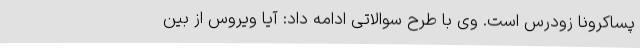
پساکرونا زودرس است. وی با طرح سوالاتی ادامه داد: آیا ویروس از بین